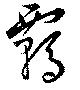
覊